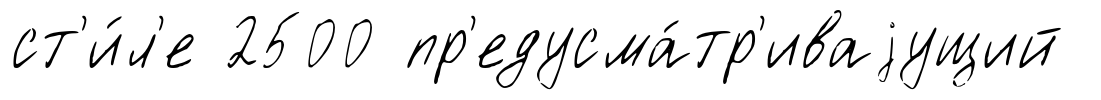
ст'и́л'е 2500 пр'едусма́тр'иваjущий